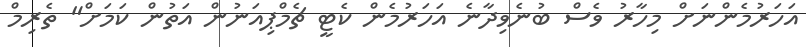
އަހަރުމެންނަށް މިހާރު ވެސް ބުނެވިދާނެ އަހަރުމެން ކެޓީ ޗެމްޕިއަނުން އަތުން ކަމަށް" ތެރިމް